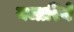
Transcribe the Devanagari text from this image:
नजारिये